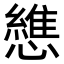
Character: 𢣘